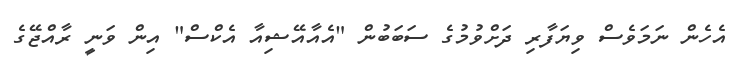
އެހެން ނަމަވެސް ވިޔަފާރި ދަށްވުމުގެ ސަބަބުން "އެއާއޭޝިއާ އެކްސް" އިން ވަނީ ރާއްޖޭގެ